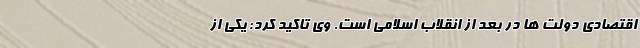
اقتصادی دولت ها در بعد از انقلاب اسلامی است. وی تاکید کرد: یکی از